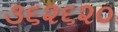
૩૬૨૬૨૦